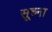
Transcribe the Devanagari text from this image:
सूच्ना